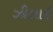
ઝીલાઇ